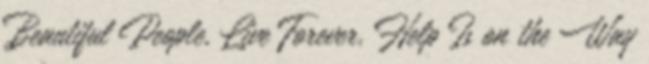
Beautiful People, Live Forever, Help Is on the Way